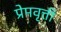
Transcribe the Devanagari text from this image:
प्रेमवृत्ती